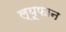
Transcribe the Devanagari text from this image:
ल्यूफान